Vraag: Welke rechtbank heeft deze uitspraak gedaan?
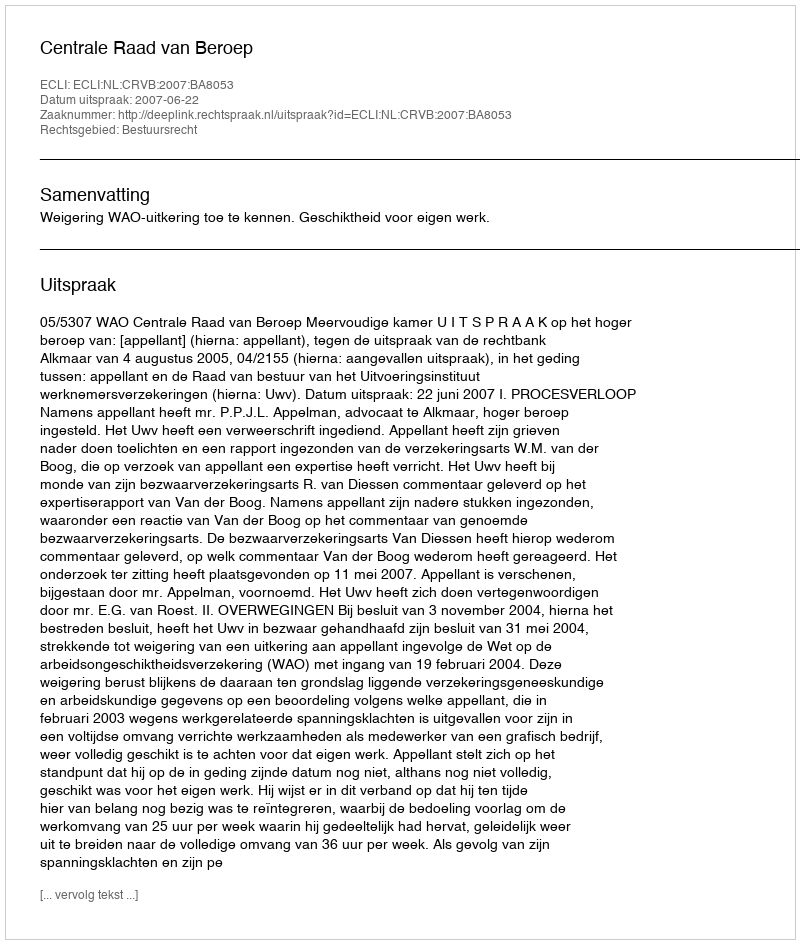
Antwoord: Centrale Raad van Beroep